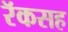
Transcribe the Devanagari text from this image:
रॅकसह